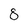
Character: 8